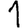
Digit: 1